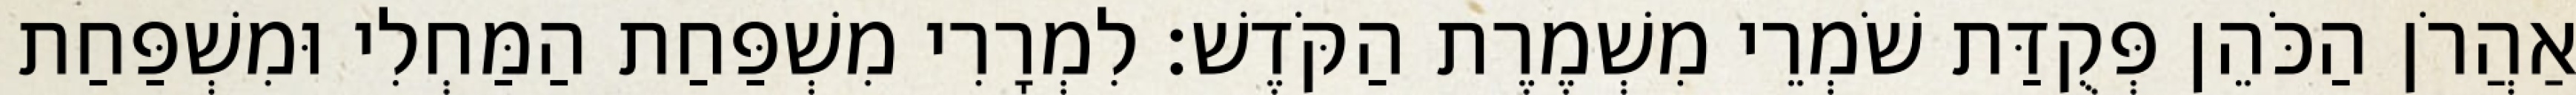
אַהֲרֹן הַכֹּהֵן פְּקֻדַּת שֹׁמְרֵי מִשְׁמֶרֶת הַקֹּדֶשׁ׃ לִמְרָרִי מִשְׁפַּחַת הַמַּחְלִי וּמִשְׁפַּחַת